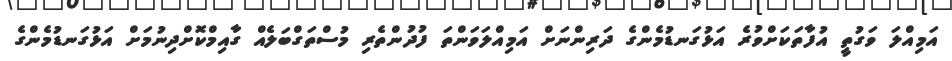
އަމިއްލަ ވަގުތީ އުފާތަކަށްވުރެ އަޅުގަނޑުމެންގެ ދަރިންނަށް އަމިއްލަވަންތަ ފުދުންތެރި މުސްތަގްބަލެއް ގާއިމްކޮށްދިނުމަށް އަޅުގަނޑުމެންގެ